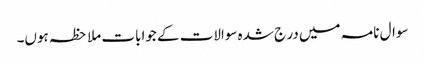
سوال نامہ میں در ج شدہ سوالات کے جوابات ملاحظہ ہوں۔